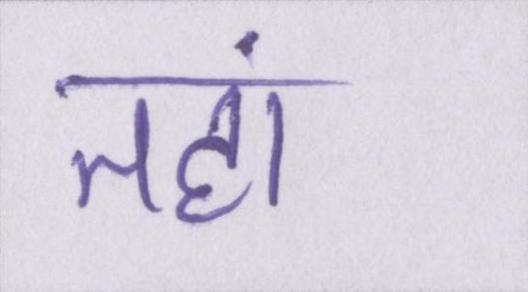
तहां